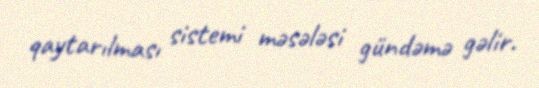
qaytarılması sistemi məsələsi gündəmə gəlir.